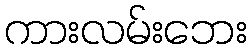
ကားလမ်းဘေး